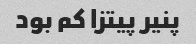
پنیر پیتزا کم بود